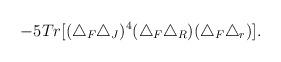
LaTeX: \begin{align*}-5Tr[(\triangle_F\triangle_J)^4(\triangle_F\triangle_R)(\triangle_F\triangle_r)].\end{align*}